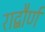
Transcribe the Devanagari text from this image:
राद्बौर्ण